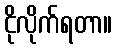
ငိုလိုက်ရတာ။